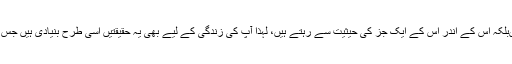
آپ اس دنیا سے الگ نہیں ہیںبلکہ اس کے اندر اس کے ایک جز کی حیثیت سے رہتے ہیں، لہٰذا آپ کی زندگی کے لیے بھی یہ حقیقتیں اسی طرح بنیادی ہیں جس طرح کُل جہان کے لیے ہیں۔